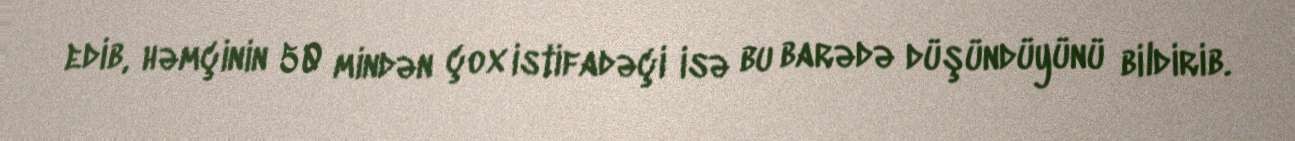
edib, həmçinin 50 mindən çox istifadəçi isə bu barədə düşündüyünü bildirib.